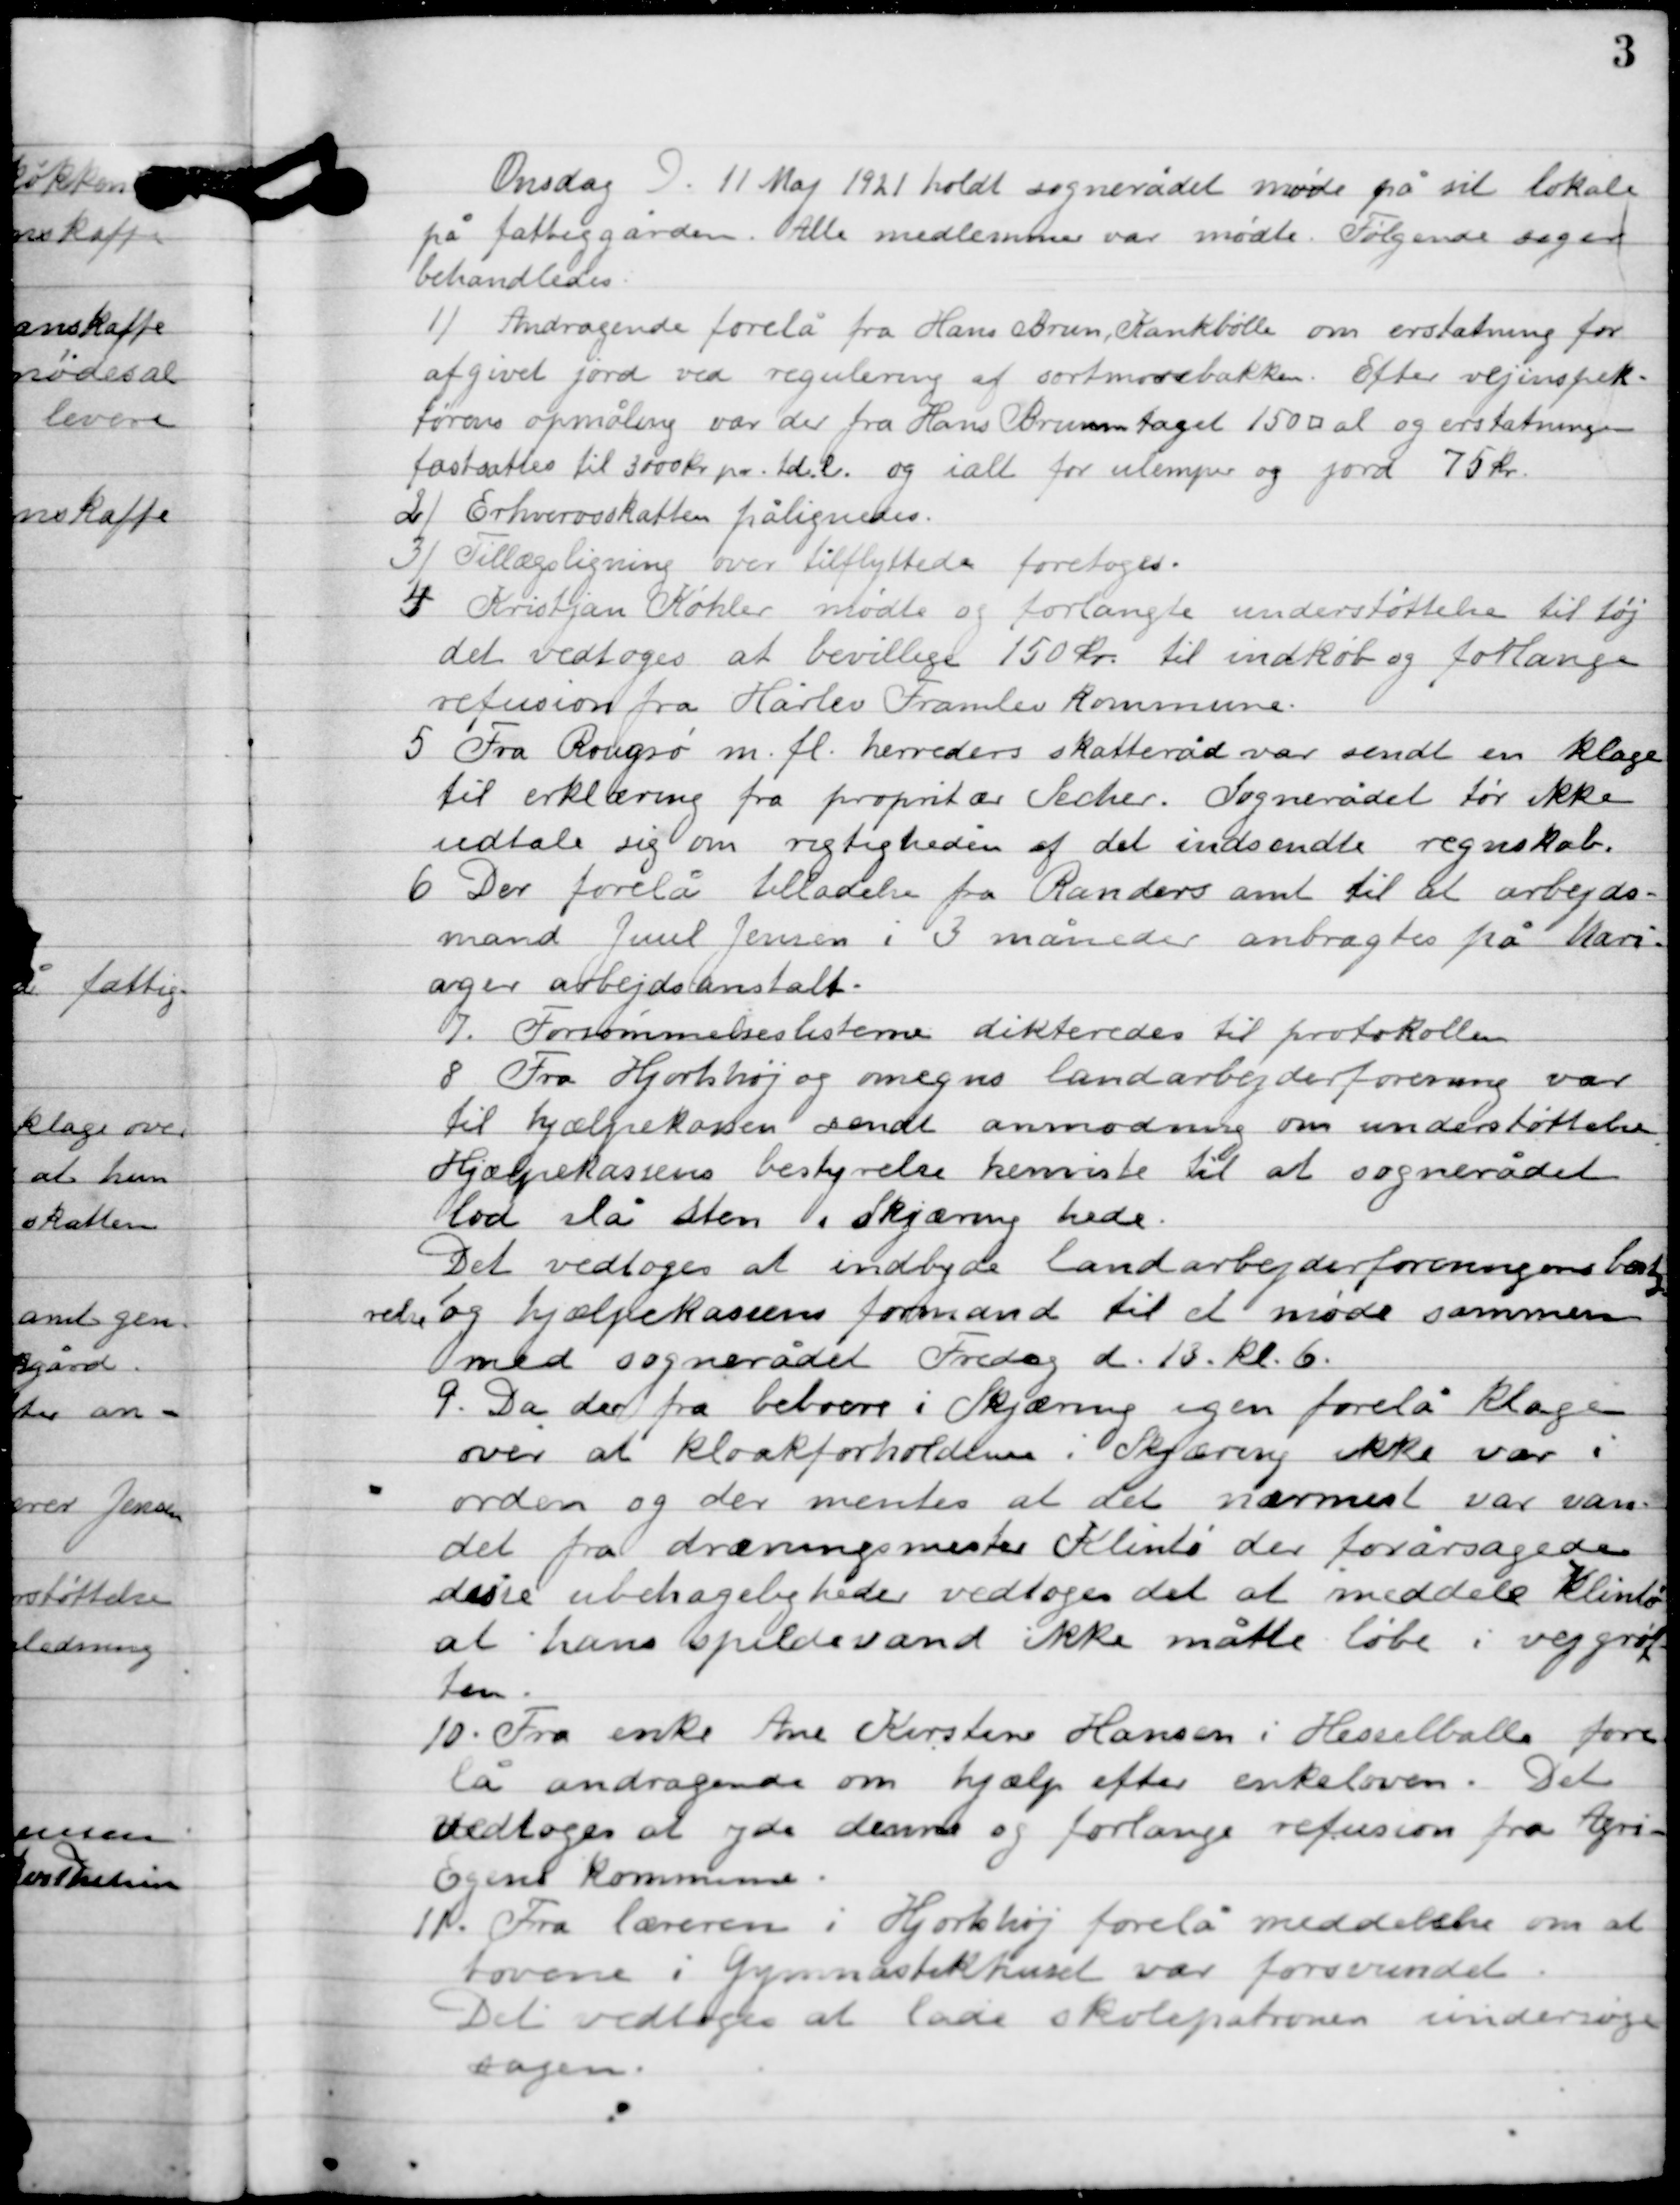
Transskription:
Onsdag d. 11. Maj 1921 holdt sognerådet møde på sit lokale
på fattiggården. Alle medlemmer var mødt. Følgende sager
behandledes.

1

Andragende forelå fra hans Brun, Krankbølle om erstatning for 
afgivet jord ved regulering af sortmosebakken. Efter vejinspek-
tørens opmåling var der fra Hans Brunn taget 150 al og erstatningen 
fastsættes til 3000 kr. pr. td. L. og i alt for ulempe og jord 75 kr.

2

Erhvervsskatten pålignes.

3

Tillægsligning over tilflyttede foretoges.

4

Kristijan Køhler mødte og forlangte understøttelsen til tøj
det vedtoges at bevilge 150 kr. til indkøb og forlanger
refusion fra Hårlev Framlev Kommune.

5

Fra Rougsø m. fl. Herreders skatteråd var sendt en klage
til erklæring fra proprietær Secher. Sognerådet tør ikke
udtale sig om rigtigheden af det indsendte regnskab.

6

Der forelå tilladelse fra Randers amt til at arbejds-
mand Juul Jensen i 3 måneder anbragtes på Mari-
ager arbejdsanstalt.

7

Forsømmelseslisterne dikteredes til protokollen.

8

Fra Hjortshøj og omegns landarbejderforening var
til hjælpekassen sendt anmodning om understøttelse.
Hjælpeklassens bestyrelse henviste til at sognerådet
lod slå sten i Skjæring hede.
Det vedtoges at indbyde landarbejderforeningens besty-
relse og hjælpeklassens formand til at møde sommeren
med sognerådet Fredag d. 13. kl. 6.

9

Da der fra beboer i Skjæring og en forelå klage
Over at kloakforholdene i Skjæring ikke var i
orden og der mentes at det nærmest var van-
det fra dræningsmester Klints der forårsagede
dette ubehageligheder vedtoges det at meddele Klints
at hans spildevand ikke måtte løbe i vejgrøft-
ten.

10

Fra enke Ane Kirstine Hansen i Hesselballe fore-
lå andragende om hjælp efter enkeloven. Det
vedtoges at yde denne og forlange refusion fra Agri-
Egens kommune.

11

Fra læreren i Hjorthøj forelå meddelelse om at
tovene i gymnastikhuset var forsvundet.
Det vedtoges at lade skolepatronen undersøge
sagen.